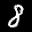
Label: 8